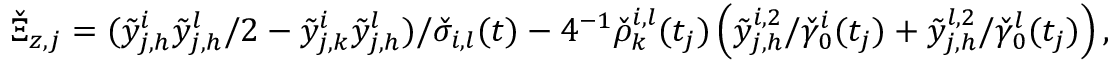
\begin{array} { r } { \check { \Xi } _ { z , j } = ( \tilde { y } _ { j , h } ^ { i } \tilde { y } _ { j , h } ^ { l } / 2 - \tilde { y } _ { j , k } ^ { i } \tilde { y } _ { j , h } ^ { l } ) / \check { \sigma } _ { i , l } ( t ) - 4 ^ { - 1 } \check { \rho } _ { k } ^ { i , l } ( t _ { j } ) \left( \tilde { y } _ { j , h } ^ { i , 2 } / \check { \gamma } _ { 0 } ^ { i } ( t _ { j } ) + \tilde { y } _ { j , h } ^ { l , 2 } / \check { \gamma } _ { 0 } ^ { l } ( t _ { j } ) \right) , } \end{array}